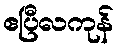
ဧပြီလကုန်